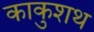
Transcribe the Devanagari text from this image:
काकुशथ